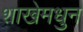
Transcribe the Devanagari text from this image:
शाखेमधुन